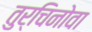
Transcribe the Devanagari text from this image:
तुर्चिनोवा